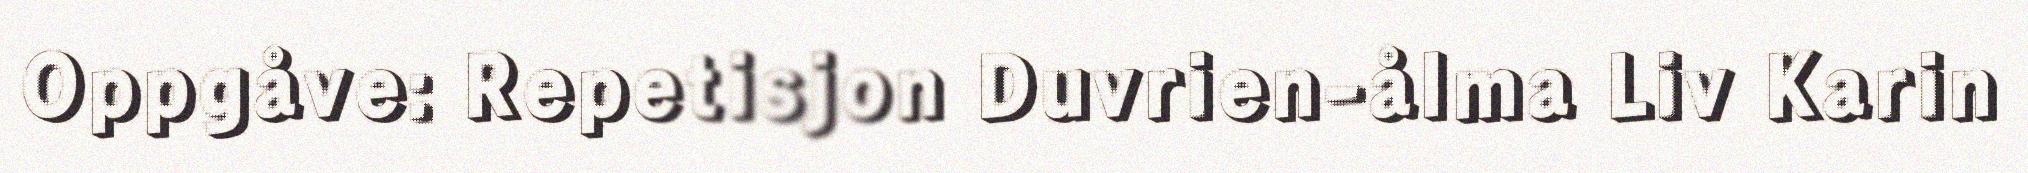
Oppgåve: Repetisjon Duvrien-ålma Liv Karin